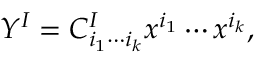
Y ^ { I } = C _ { i _ { 1 } \cdots i _ { k } } ^ { I } x ^ { i _ { 1 } } \cdots x ^ { i _ { k } } ,